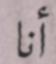
أنا